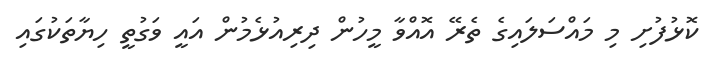
ކޮޅުފުށި މި މައްސަލައިގެ ތެރޭ އޮއްވާ މީހުން ދިރިއުޅެމުން އައީ ވަގުތީ ހިޔާތަކުގައި